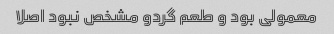
معمولی بود و طعم گردو مشخص نبود اصلا